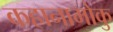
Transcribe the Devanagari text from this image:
कहानामोकु